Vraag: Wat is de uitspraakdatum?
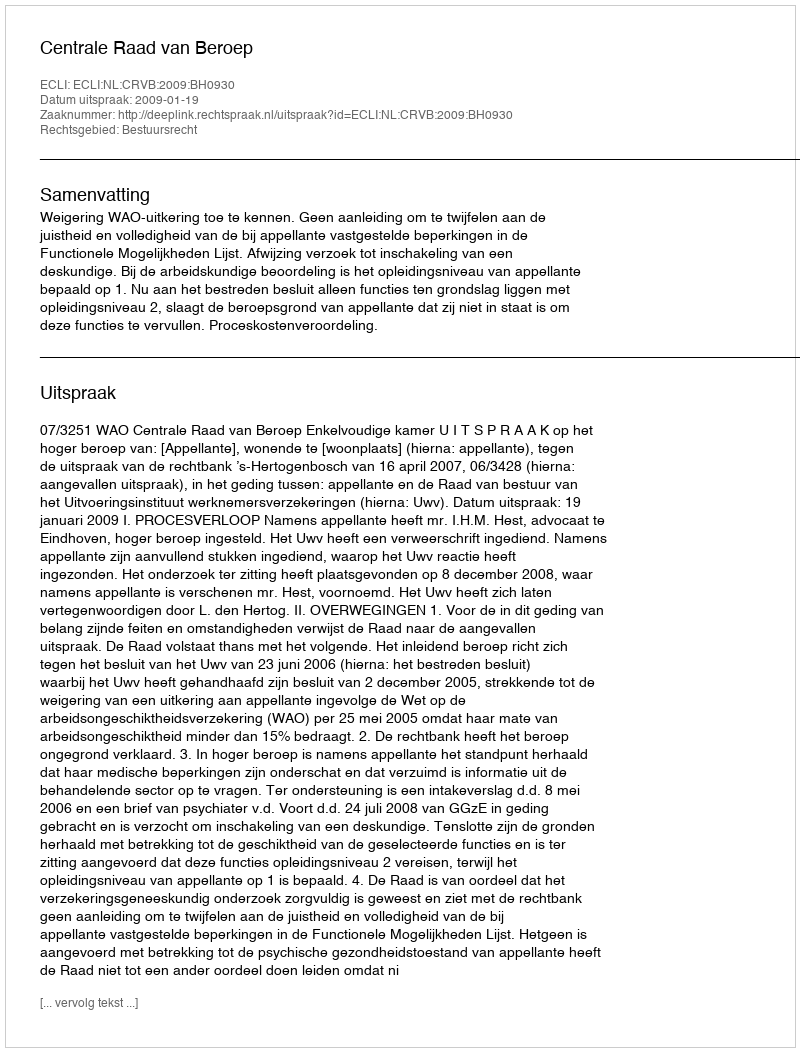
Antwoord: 2009-01-19